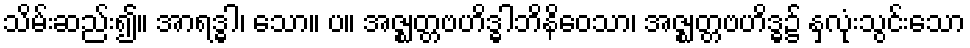
သိမ်းဆည်း၍။ အာရဒ္ဓါ၊ သော။ ပ။ အဇ္ဈတ္တဗဟိဒ္ဓါဘိနိဝေသာ၊ အဇ္ဈတ္တဗဟိဒ္ဓ၌ နှလုံးသွင်းသော